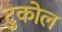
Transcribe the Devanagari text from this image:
टुकोल